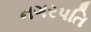
નગરપતિ